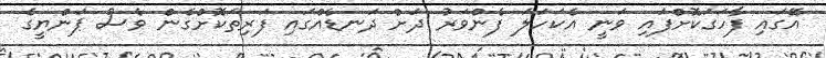
އޭގައި ފާހަގަކޮށްފައި ވަނީ އެކަހަލަ ފެންވަރު ދަށް ދަނޑެއްގައި ފަރިތަކޮށްގެން ވެސް ޕަންޔީގެ